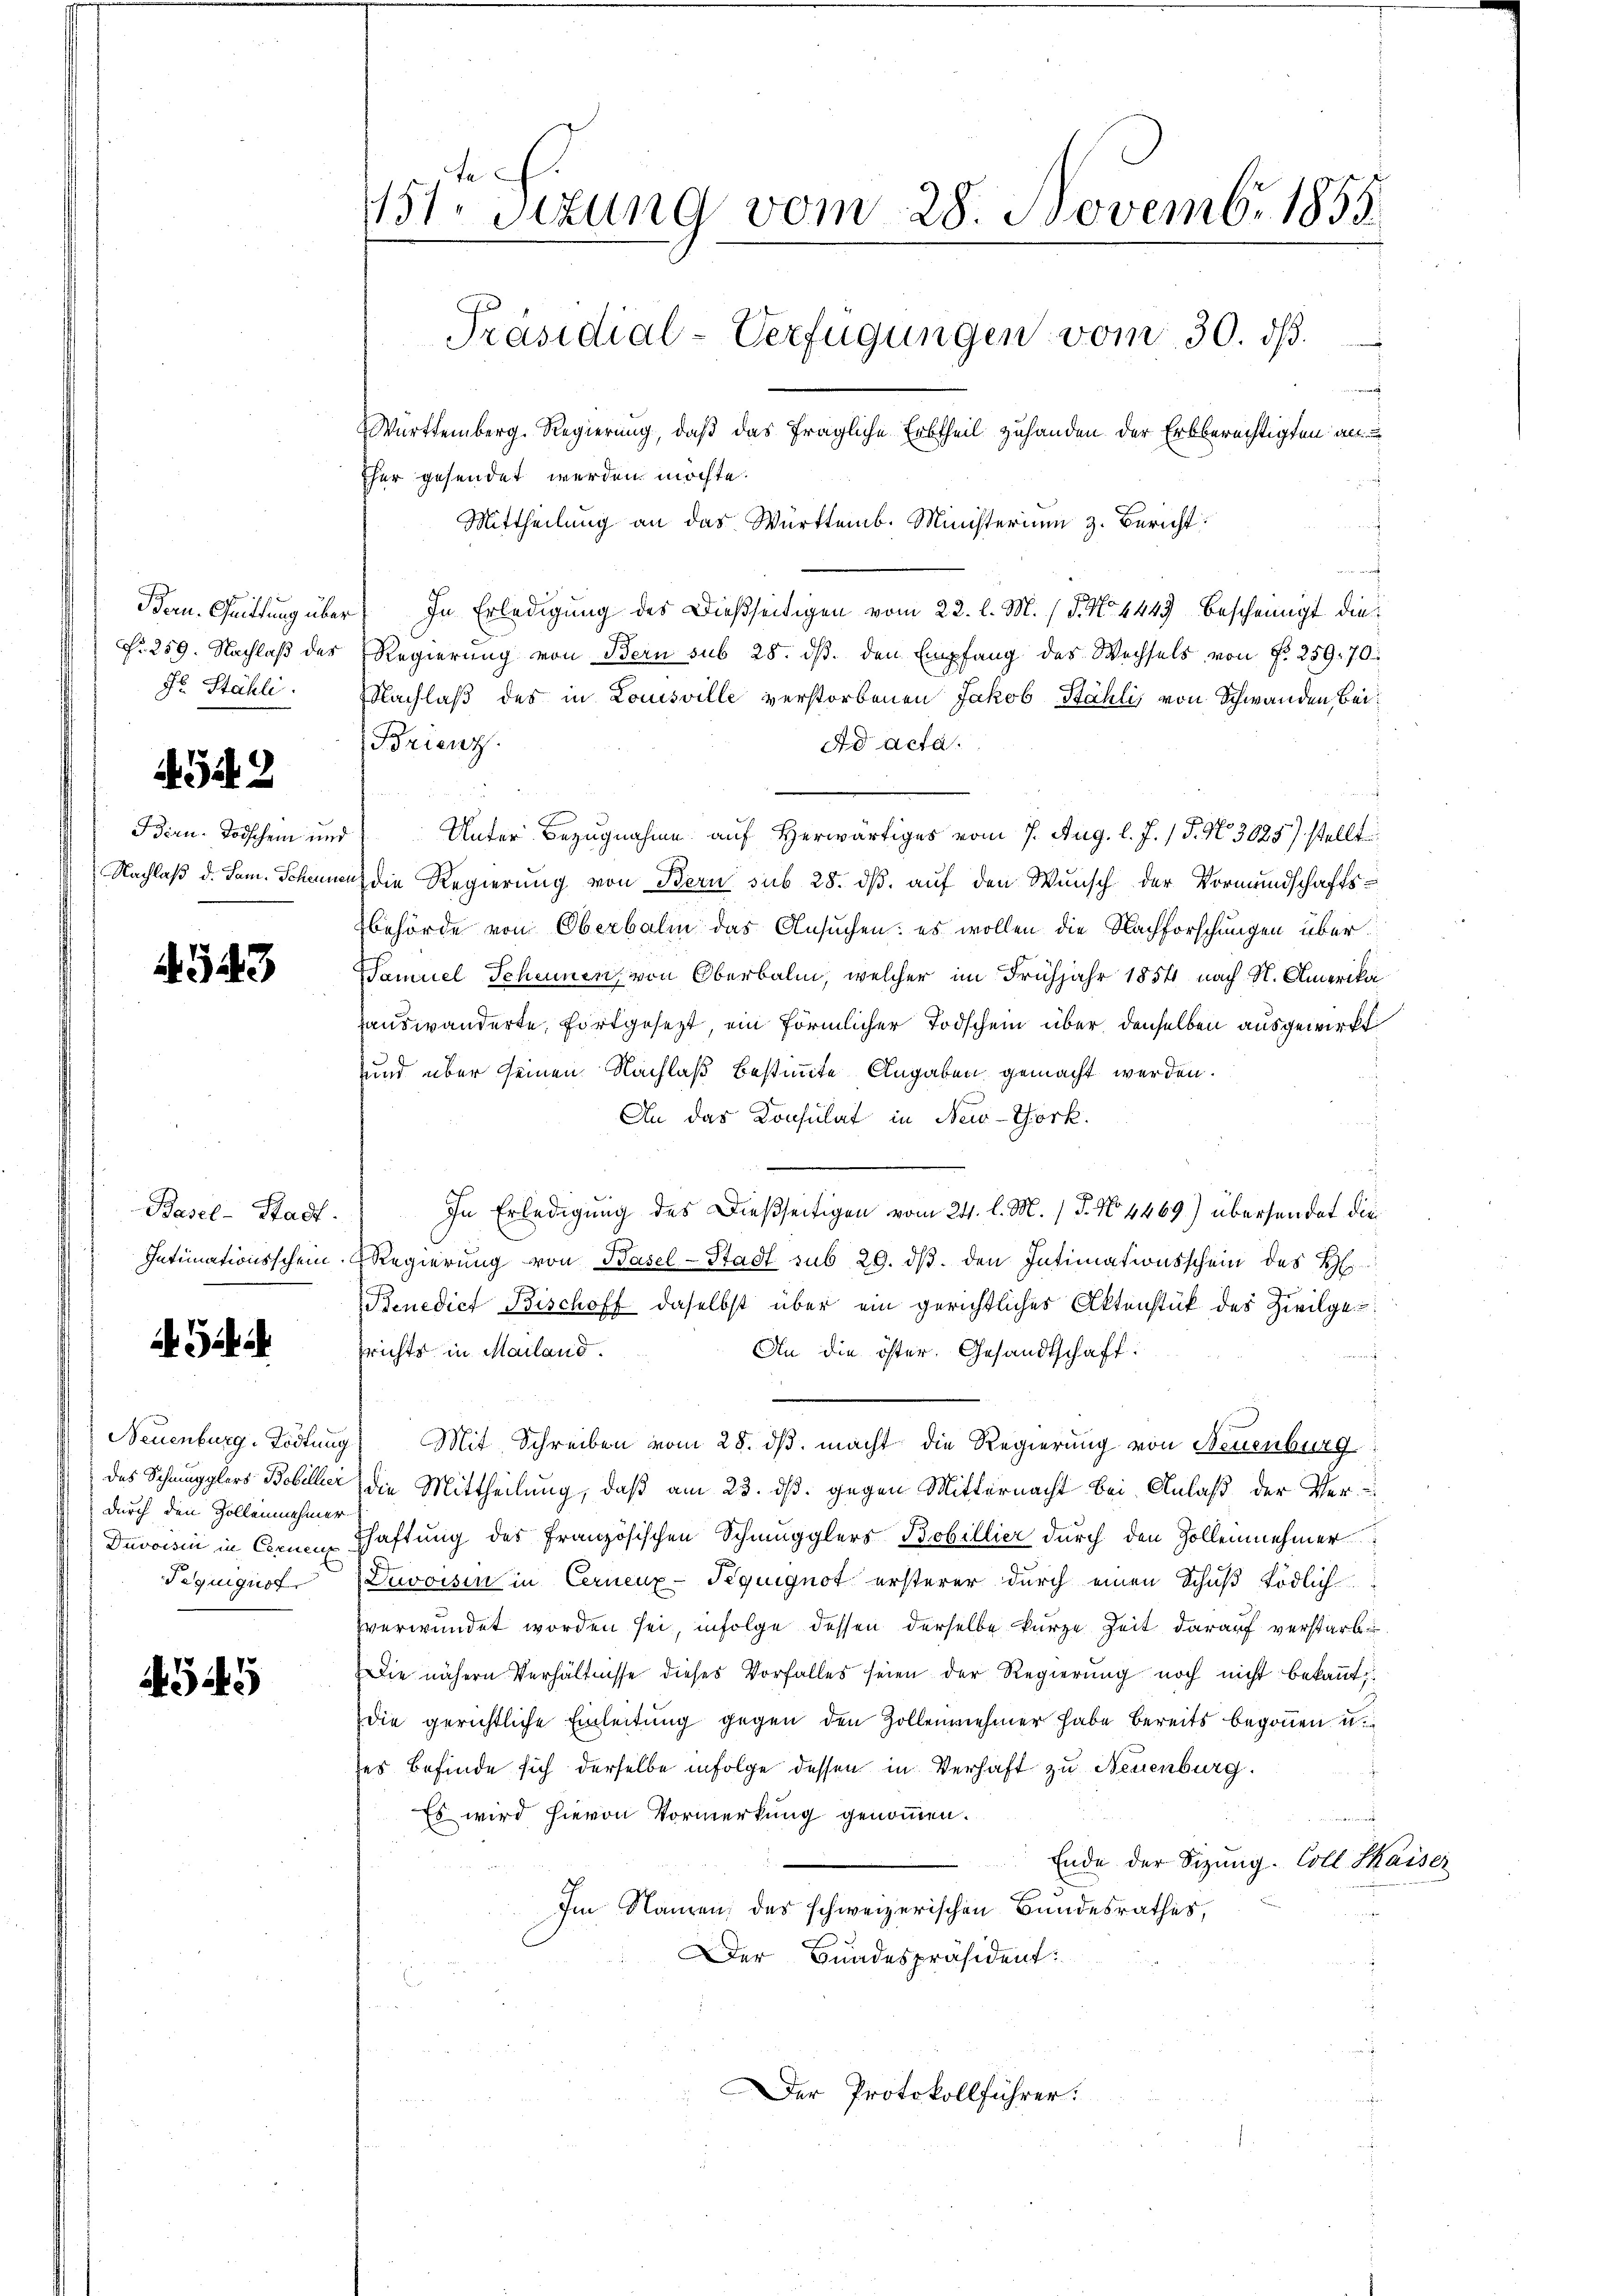
Born-Quittung über
Nr. 259. Nachlaß des
Fr. Stähli

2

1542

Bern. Todschein und
Nachlaß d. Jan. Scheuner

343

Basel-Stadt.
Intimationsschein.

G

Neuenburg, Tödtung
das Schmugglers Bobillier
durch den Zollennehmer
Duvoisin in Cernen
Pequiquot

545

15ten Sizung vom 28. Novemb. 1855.
Präsidial-Verfügungen vom 30. dβ.
Württemberg. Regierung, daß das fragliche Erbtheil zuhanden der Erbberechtigten an
ther gesendet werden möchte.

Mittheilung an das Württemb. Ministerium z. Bericht
d
In Erledigung des Dießseitigen vom 22. l. M. / 5. No. 4449 bescheinigt die¬
Regierung von Bern sub 28. dβ. den Empfang des Wechsels von N. 259. 70.
Nachlaß des in Louisville verstorbenen Jakob Stähli, von Schwanden Bei¬
Brienz
Ad Acta.
) Unter Bezugnahme auf herwärtiges vom 7. Aug. l. J. / 5. No. 3025) stellt
uch die Regierung von Bern sub 28. ds. auf den Wunsch der Vormundschaftsbehörde von Oberbali das Ansuchen: es wollen die Nachforschungen über¬
Samuel Scheunen, von Oberbalm, welcher im Frühjahr 1854 nach N. Amerika
auswanderte, fortgesezt, ein förmlicher Todschein über denselben ausgewirkt
und über seinen Nachlaß bestimmte Angaben gemacht werden.
An das Konsulat in New-York.
In Erledigung des Dießseitigen vom 24. l. M. P. No. 4469) übersendet die
ERegierung von Basel-Stadt sub 29. ds. den Intimationsschein des H
Benedict Bischoff daselbst über ein gerichtliches Aktenstück des Zivilgesrichts in Mailand.
An die öster. Gesandtschaft.
Mit Schreiben vom 28. dβ macht die Regierung von Neuenburg
die Mittheilung, daß am 23. ds. gegen Mitternacht bei Anlaß der Verhaftung des französischen Schmugglers Bobillier durch den Zollennehmer
Duvoisin in Cerneux-Tequignot ersterer durch einen Schuß tödlich
zverwundet worden sei, infolge dessen derselbe kurze Zeit darauf verstarb
Die nähern Verhältnisse dieses Vorfalles seien der Regierung noch nicht bekannt:
die gerichtliche Einleitung gegen den Zollennehmer habe bereits begonnen u.
ses Befinde sich derselbe infolge dessen in Verhaft zu Neuenburg.
Es wird hievon Vormerkung genommen.
Ende der Sitzung. Coll Kaiser
Im Namen, des schweizerischen Bundesrathes,
Der Bundespräsident:
Der Protokollführer: